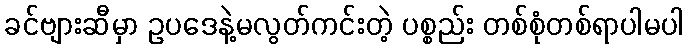
ခင်ဗျားဆီမှာ ဥပဒေနဲ့မလွတ်ကင်းတဲ့ ပစ္စည်း တစ်စုံတစ်ရာပါမပါ